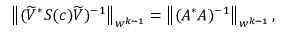
\begin{array} { r } { \left\lVert ( \widetilde { V } ^ { * } S ( c ) \widetilde { V } ) ^ { - 1 } \right\rVert _ { w ^ { k - 1 } } = \left\lVert ( A ^ { * } A ) ^ { - 1 } \right\rVert _ { w ^ { k - 1 } } , } \end{array}